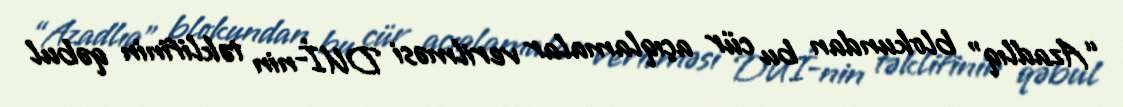
“Azadlıq” blokundan bu cür açıqlamalar verilməsi DUİ-nin təklifinin qəbul